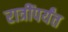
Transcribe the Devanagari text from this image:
रात्रींपर्यंत